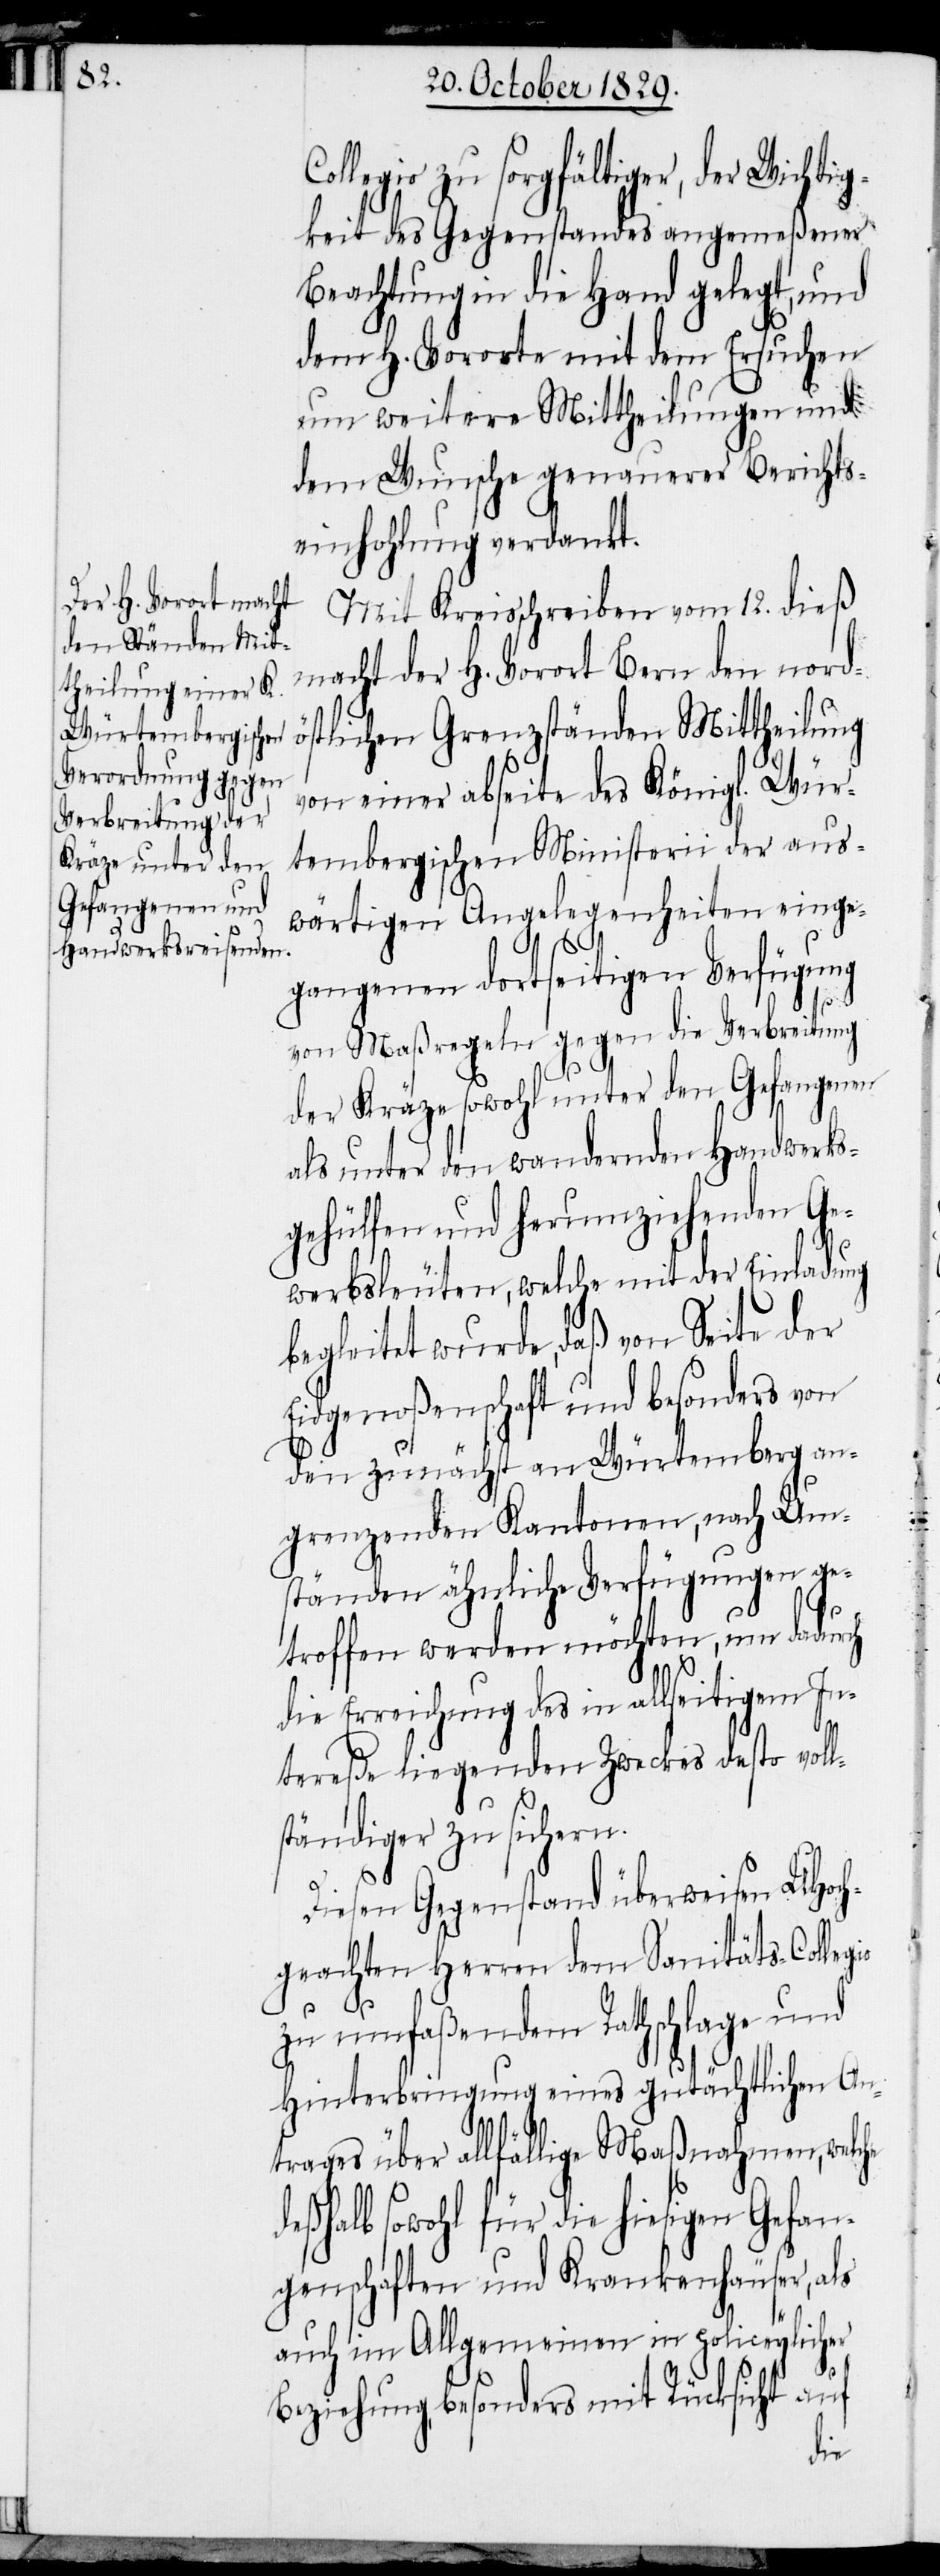
Collegio zu sorgfältiger, der Wichtig¬
keit des Gegenstandes angemeßener
Beachtung in die Hand gelegt, und
dem H. Vororte mit dem Ersuchen
um weitere Mittheilungen und
dem Wunsche genauerer Berichts¬
einholung verdankt.
Mit Kreisschreiben vom 12. dieß
macht der H. Vorort Bern den nord¬
östlichen Grenzständen Mittheilung
von einer abseite des Königl. Wür¬
tembergischen Ministerii der aus¬
wärtigen Angelegenheiten einge¬
gangenen dortseitigen Verfügung
von Maßregeln gegen die Verbreitung
der Kräze sowohl unter den Gefangenen
als unter den wandernden Handwerks¬
gehülfen und herumziehenden Ge¬
werbsleuten, welche mit der Einladung
begleitet wurde, daß von Seite der
Eidgenoßenschaft und besonders von
den zunächst an Würtemberg an¬
grenzenden Kantonen, nach Um¬
ständen ähnliche Verfügungen ge¬
troffen werden möchten, um dadurch
die Erreichung des in allseitigem In¬
tereße liegenden Zweckes desto vol¬
io
ständiger zu sichern.
Diesen Gegenstand überweisen UHoch¬
geachten Herren dem Sanitäts-Colleg¬
zu umfaßendem Rathschlage und
Hinterbringung eines gutächltichen An¬
trages über allfällige Maßnahmen, welche
deßhalb sowohl für die hiesigen Gefan¬
genschaften und Krankenhäuser, als
auch im Allgemeinen in policeylicher
Beziehung besonders mit Rücksicht auf